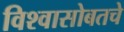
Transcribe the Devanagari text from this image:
विश्वासोबतचे